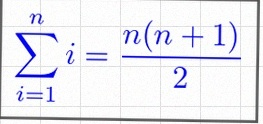
\sum_{i=1}^{n}i=\frac{n(n+1)}2